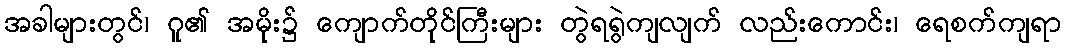
အခါများတွင်၊ ဂူ၏ အမိုး၌ ကျောက်တိုင်ကြီးများ တွဲရရွဲကျလျက် လည်းကောင်း၊ ရေစက်ကျရာ